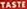
TASTE